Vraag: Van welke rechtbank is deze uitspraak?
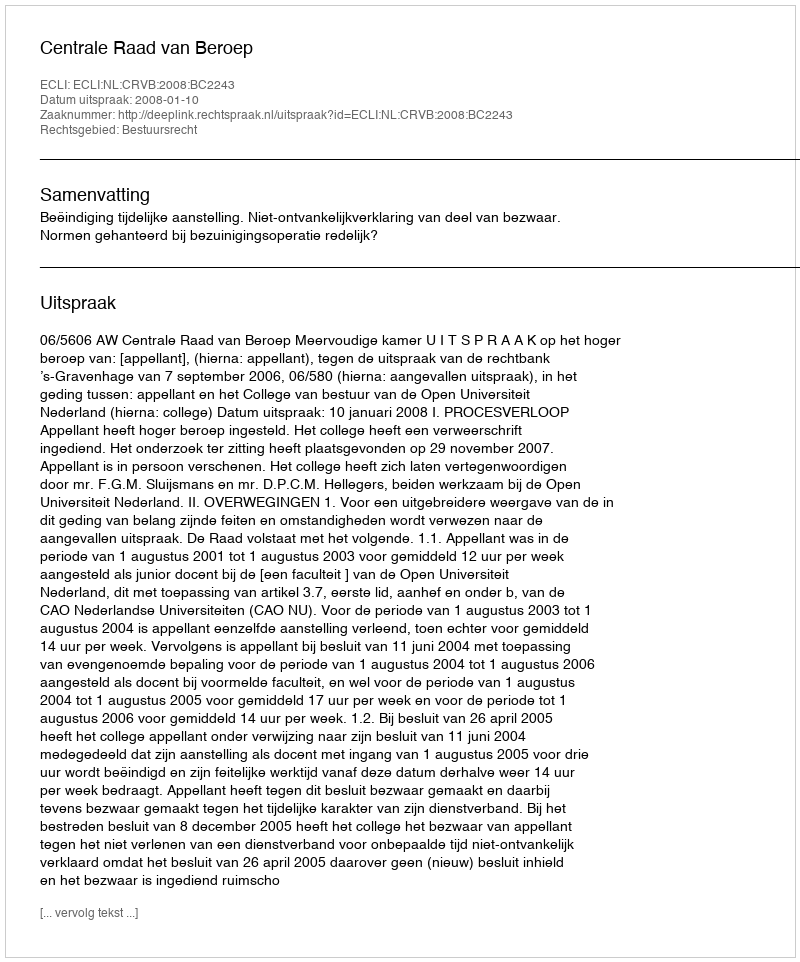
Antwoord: Centrale Raad van Beroep